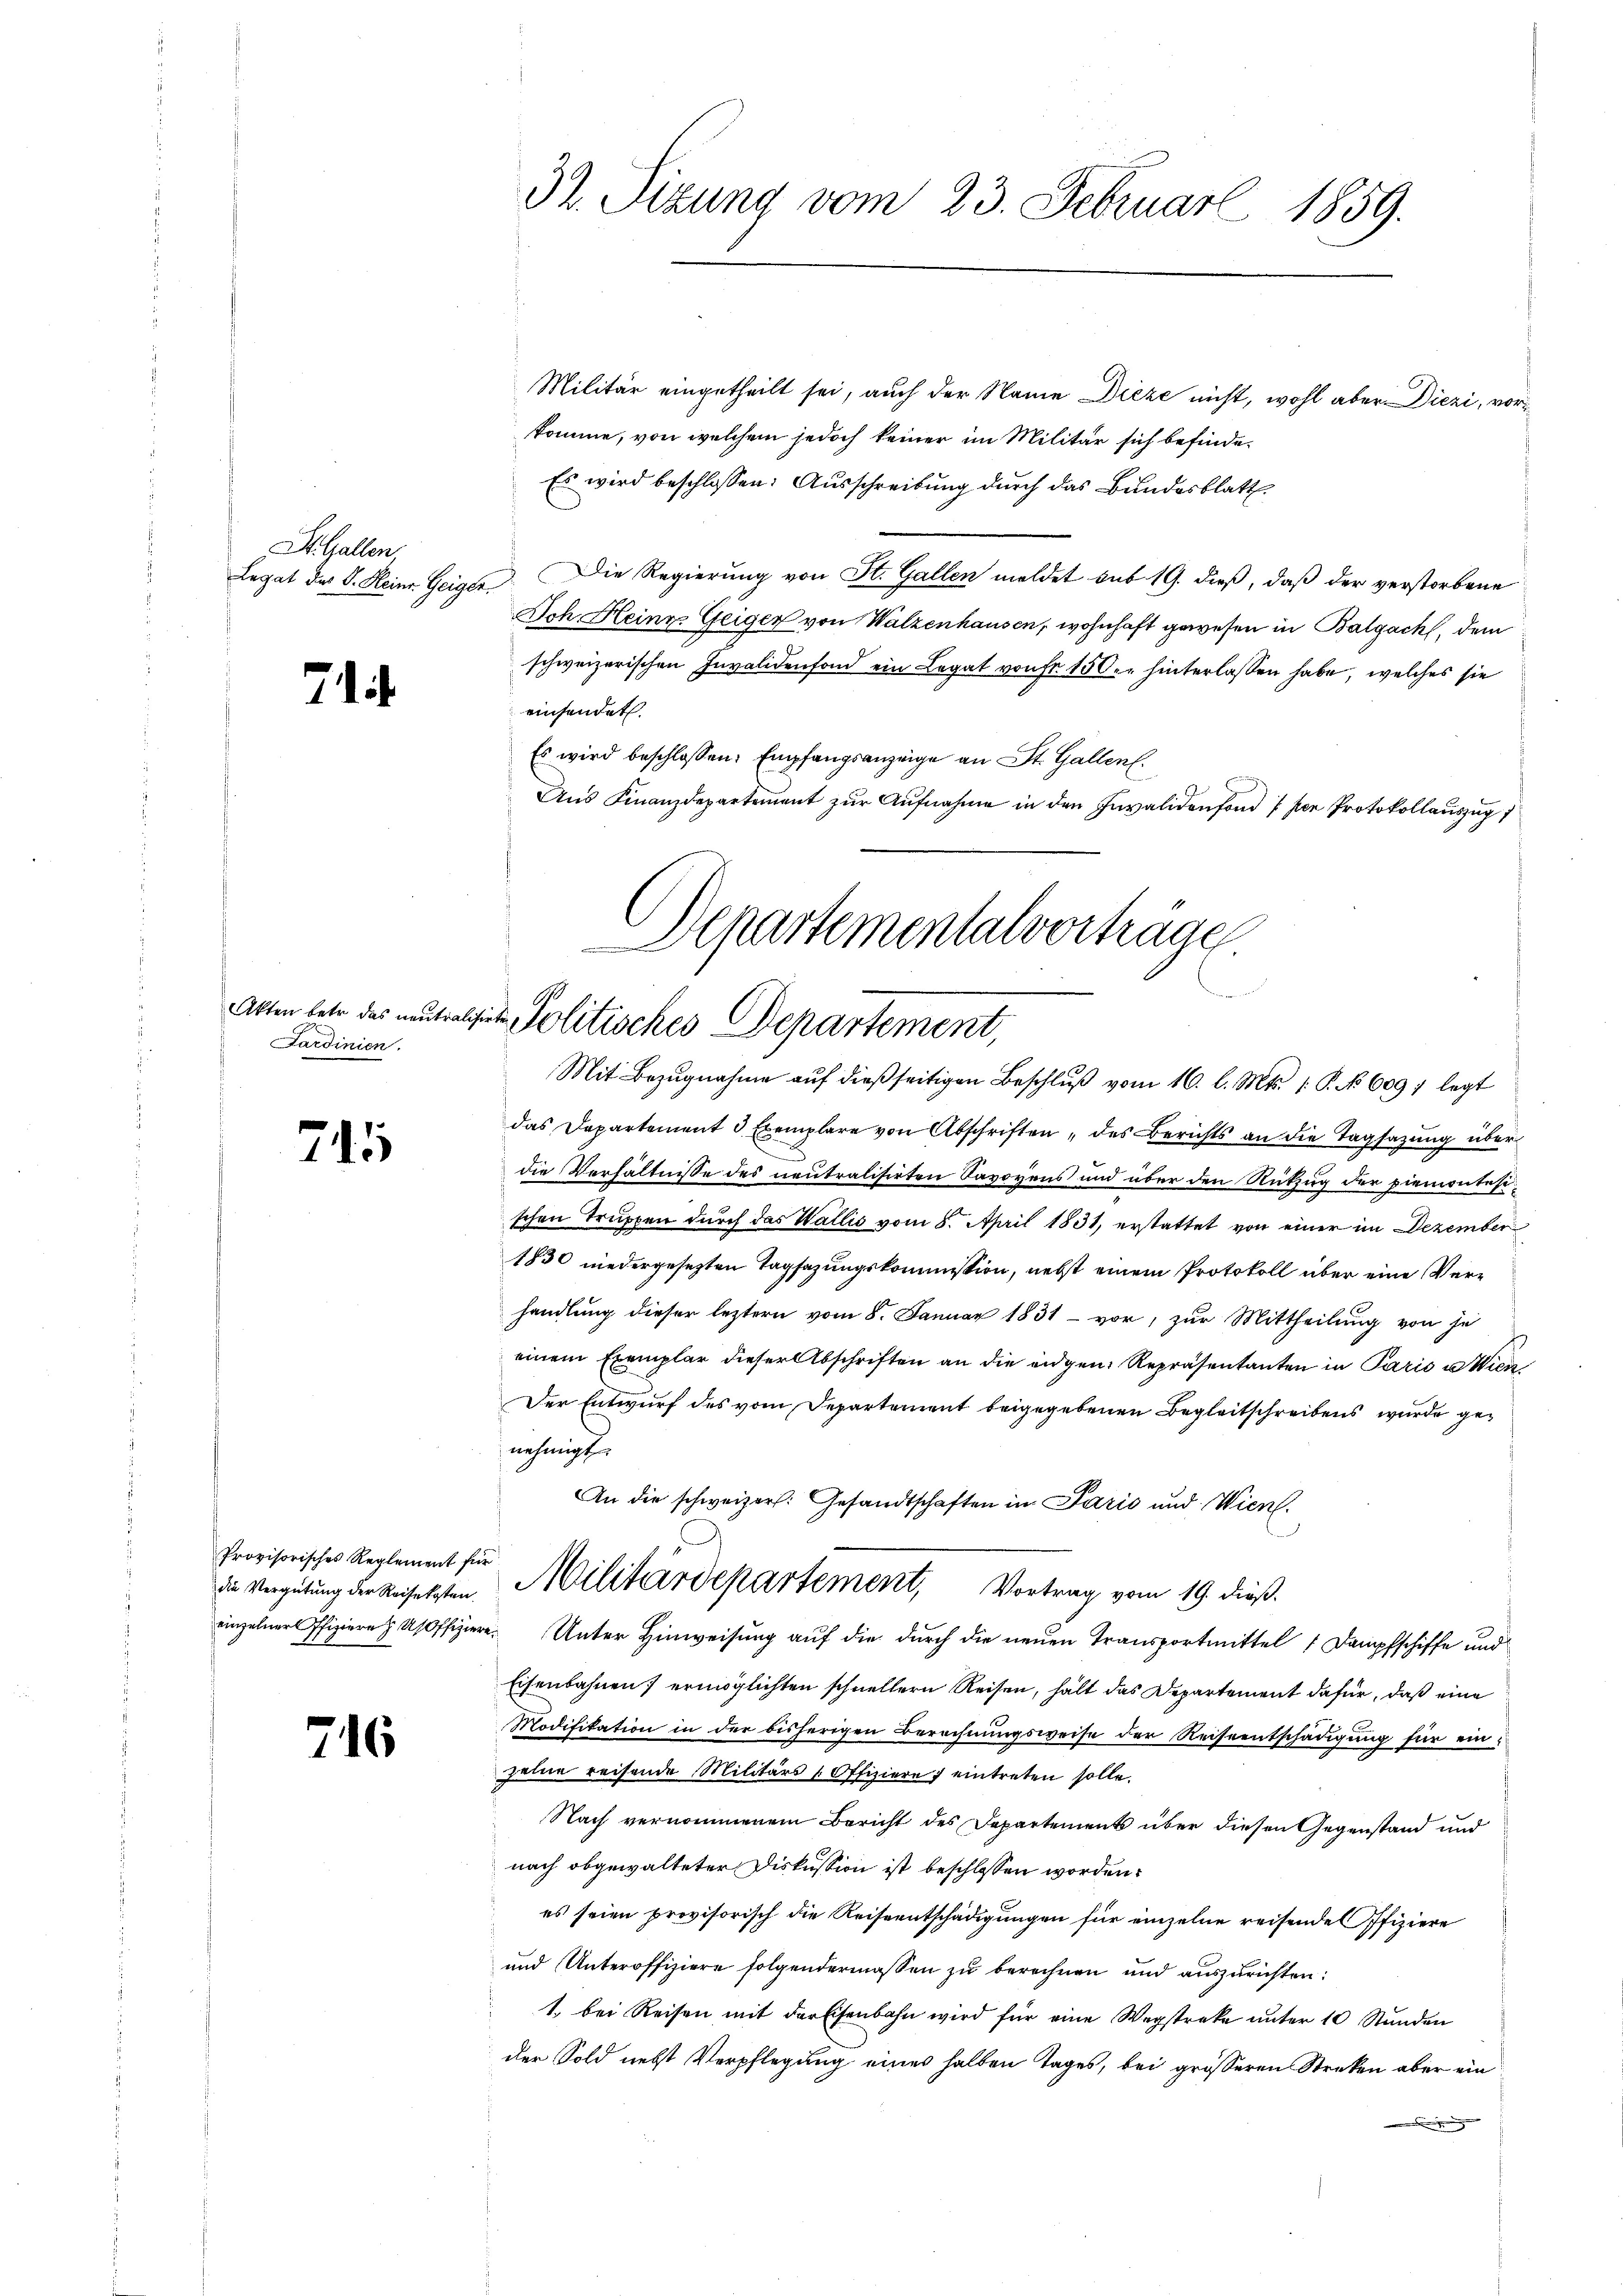
St. Gallen,
Legat des J. Heinr. Geiger

71

Sardinien.

715

Provisorisches Reglement für
die Vergütung der Reisekosten.
einzelner Pfiziere Usoffizier

716

32. Sizung vom 23. Februar 1859.

Militär eingetheilt sei, auch der Name Dieze nicht, wohl aber Diezi, vorkomme, von welchem jedoch keiner im Militär sich befinde¬
Es wird beschlossen: Ausschreibung durch das Bundesblatt
Die Regierung von St. Gallen meldet sub 19. dieß, daß der verstorbene
Doh Heine Geiger von Walzenhausen, wohnhaft gewesen in Balgach, dem
schweizerischen Invalidenfond ein Legat von Fr. 150. hinterlassen habe, welches sie
einsendet.
Es wird beschlossen: Empfangsanzeige an St. Gallen.
Aŭs Finanzdepartement zŭr Aŭfnahme in den Invalidenfond 1 per Protokollauszug
das Departement 3 Exemplare von Abschriften „des Berichts an die Tagsazung über
die Verhältnisse des neutralisirten Savoyens und über den Rükzug der Piemontesischen Truppen durch das Wallis vom 8. April 1831, erstattet von einer im Dezember
1830 niedergesezten Tagsazungskommission, nebst einem Protokoll über eine Verhandlung dieser leztern vom 8. Januar 1831 - vor, zur Mittheilung von je
einem Exemplar dieser Abschriften an die eigen Repräsentanten in Paris u Wien
Der Entwurf des vom Departement beigegebenen Begleitschreibens wurde genehmigt.
An die schweizer: Gesandtschaften in Paris und Wien.
Militärdepartement, Vortrag vom 19. dieß.
 Unter Hinweisung auf die durch die neuen Transportmittel 1 Dampfschiffe und
Eisenbahnen) ermöglichten schnellern Reisen, hält das Departement dafür, daß eine
Modifikation in der bisherigen Berechnungsweise der Reiseentschädigung für einzelne reisende Militärs Offiziere eintreten solle.
Nach vernommenem Bericht des Departements über diesen Gegenstand und
nach abgewalteter Diskussion ist beschlossen worden.
es seien provisorisch die Reiseentschädigungen für einzelne reisende Pfiziere
und Unteroffiziere folgendermassen zŭ berechnen und auszurichten:
1. bei Reisen mit der Eisenbahn wird für eine Wegstreke ŭnter 10 Stŭnden
der Sold nebst Verpflegung eines halben Tages, bei grösseren Streken aber ein

Aepartementalverträge
Atten betr. das neutralisirte Politisches Departement,
Mit Bezŭgnahme aŭf dieβ seitigen Beschlŭβ vom 16. l. Mts. 1. P. No 6097 legt